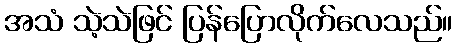
အသံ သဲ့သဲဖြင် ပြန်ပြောလိုက်လေသည်။